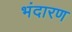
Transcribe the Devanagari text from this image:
भंदारण